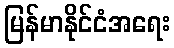
မြန်မာနိုင်ငံအရေး